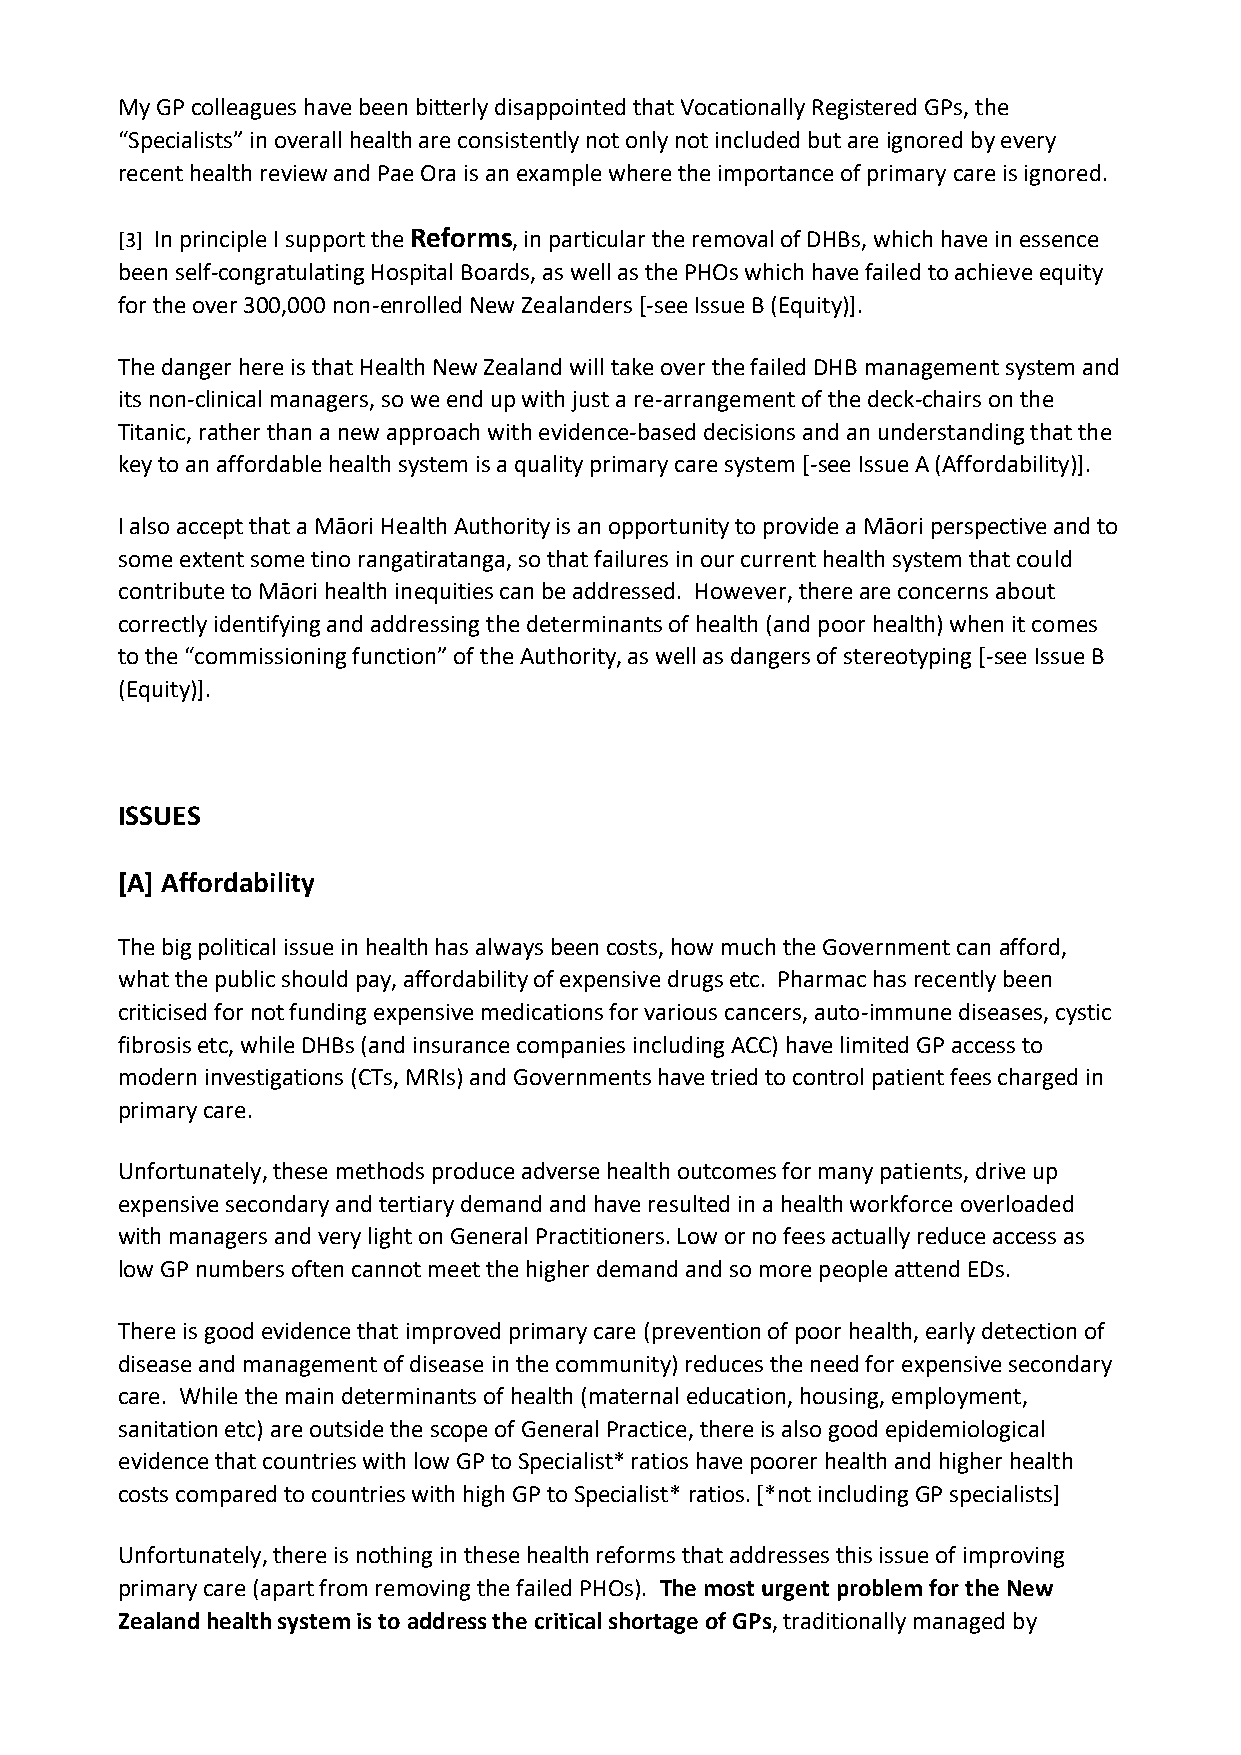
My GP colleagues have been bitterly disappointed that Vocationally Registered GPs, the
 “Specialists” in overall health are consistently not only not included but are ignored by every
 recent health review and Pae Ora is an example where the importance of primary care is ignored.
 [3] In principle I support the Reforms, in particular the removal of DHBs, which have in essence
 been self-congratulating Hospital Boards, as well as the PHOs which have failed to achieve equity
 for the over 300,000 non-enrolled New Zealanders [-see Issue B (Equity)].
 The danger here is that Health New Zealand will take over the failed DHB management system and
 its non-clinical managers, so we end up with just a re-arrangement of the deck-chairs on the
 Titanic, rather than a new approach with evidence-based decisions and an understanding that the
 key to an affordable health system is a quality primary care system [-see Issue A (Affordability)].
 I also accept that a Māori Health Authority is an opportunity to provide a Māori perspective and to
 some extent some tino rangatiratanga, so that failures in our current health system that could
 contribute to Māori health inequities can be addressed. However, there are concerns about
 correctly identifying and addressing the determinants of health (and poor health) when it comes
 to the “commissioning function” of the Authority, as well as dangers of stereotyping [-see Issue B
 (Equity)].
 ISSUES
 [A] Affordability
 The big political issue in health has always been costs, how much the Government can afford,
 what the public should pay, affordability of expensive drugs etc. Pharmac has recently been
 criticised for not funding expensive medications for various cancers, auto-immune diseases, cystic
 fibrosis etc, while DHBs (and insurance companies including ACC) have limited GP access to
 modern investigations (CTs, MRIs) and Governments have tried to control patient fees charged in
 primary care.
 Unfortunately, these methods produce adverse health outcomes for many patients, drive up
 expensive secondary and tertiary demand and have resulted in a health workforce overloaded
 with managers and very light on General Practitioners. Low or no fees actually reduce access as
 low GP numbers often cannot meet the higher demand and so more people attend EDs.
 There is good evidence that improved primary care (prevention of poor health, early detection of
 disease and management of disease in the community) reduces the need for expensive secondary
 care. While the main determinants of health (maternal education, housing, employment,
 sanitation etc) are outside the scope of General Practice, there is also good epidemiological
 evidence that countries with low GP to Specialist* ratios have poorer health and higher health
 costs compared to countries with high GP to Specialist* ratios. [*not including GP specialists]
 Unfortunately, there is nothing in these health reforms that addresses this issue of improving
 primary care (apart from removing the failed PHOs). The most urgent problem for the New
 Zealand health system is to address the critical shortage of GPs, traditionally managed by